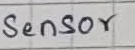
Text: Sensor